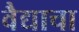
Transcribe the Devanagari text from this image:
वैद्याचा